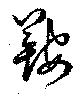
鞍